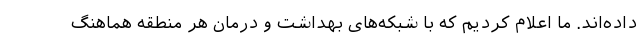
داده‌اند. ما اعلام کردیم که با شبکه‌های بهداشت و درمان هر منطقه هماهنگ